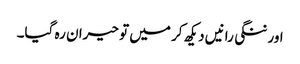
اور ننگی رانیں دیکھ کر میں تو حیران رہ گیا۔